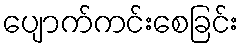
ပျောက်ကင်းစေခြင်း